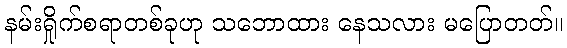
နမ်းရှိုက်စရာတစ်ခုဟု သဘောထား နေသလား မပြောတတ်။